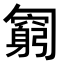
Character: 𠤊